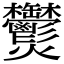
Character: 𤓮